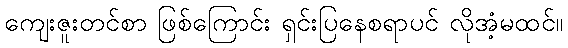
ကျေးဇူးတင်စာ ဖြစ်ကြောင်း ရှင်းပြနေစရာပင် လိုအံ့မထင်။